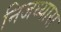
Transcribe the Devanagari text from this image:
निजध्यास